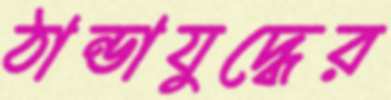
ঠান্ডাযুদ্ধের